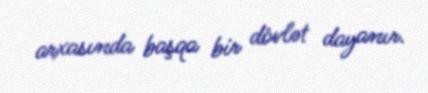
arxasında başqa bir dövlət dayanır.